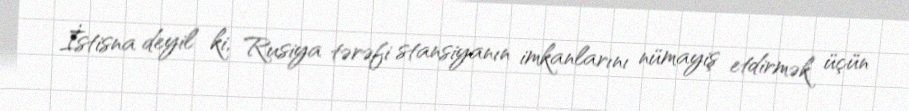
İstisna deyil ki, Rusiya tərəfi stansiyanın imkanlarını nümayiş etdirmək üçün